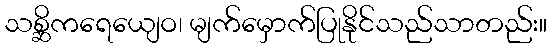
သစ္ဆိကရေယျေဝ၊ မျက်မှောက်ပြုနိုင်သည်သာတည်း။